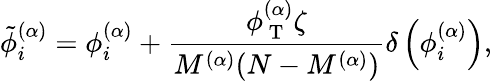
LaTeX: \tilde{\phi}_{i}^{(\alpha)}=\phi_{i}^{(\alpha)}+\frac{\phi_{\mathrm{~T~}}^{(\alpha)}\zeta}{M^{(\alpha)}(N-M^{(\alpha)})}\delta\left(\phi_{i}^{(\alpha)}\right),